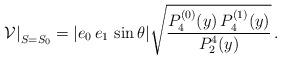
LaTeX: \begin{align*}\left.\mathcal{V}\right|_{S=S_0}=|e_0\,e_1\,\sin\theta |\sqrt{\frac{P_4^{(0)}(y)\,P_4^{(1)}(y)}{P_2^4(y)}}\,. \end{align*}